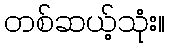
တစ်ဆယ့်သုံး။